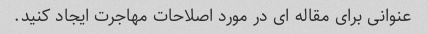
عنوانی برای مقاله ای در مورد اصلاحات مهاجرت ایجاد کنید.